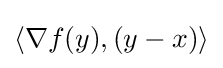
\langle \nabla f(y),(y-x)\rangle